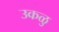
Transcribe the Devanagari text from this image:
उकळु